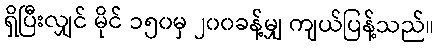
ရှိပြီးလျှင် မိုင် ၁၅၀မှ ၂၀၀ခန့်မျှ ကျယ်ပြန့်သည်။